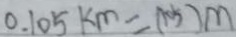
0 . 1 0 5 k m = ( 1 0 5 ) m